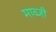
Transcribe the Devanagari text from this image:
माव्जी